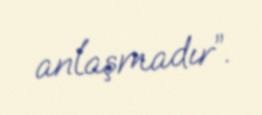
anlaşmadır”.